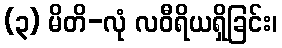
(၃) မိတိ-လုံ လဝီရိယရှိခြင်း၊